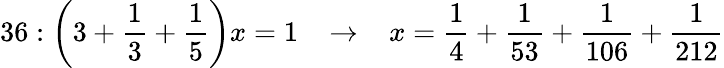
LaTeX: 36:{\bigg(}3+{\frac{1}{3}}+{\frac{1}{5}}{\bigg)}x=1\; \; \; \rightarrow\; \; \; x={\frac{1}{4}}+{\frac{1}{53}}+{\frac{1}{106}}+{\frac{1}{212}}